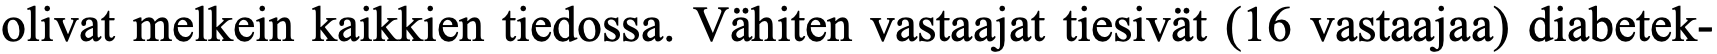
olivat melkein kaikkien tiedossa. Vähiten vastaajat tiesivät (16 vastaajaa) diabetek-